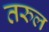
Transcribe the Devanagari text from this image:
तरुल